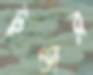
টুণ্ডার